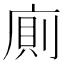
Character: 廁